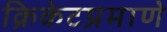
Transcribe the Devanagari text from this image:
क्रिकेटप्रमाणे